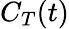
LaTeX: C_{T}(t)